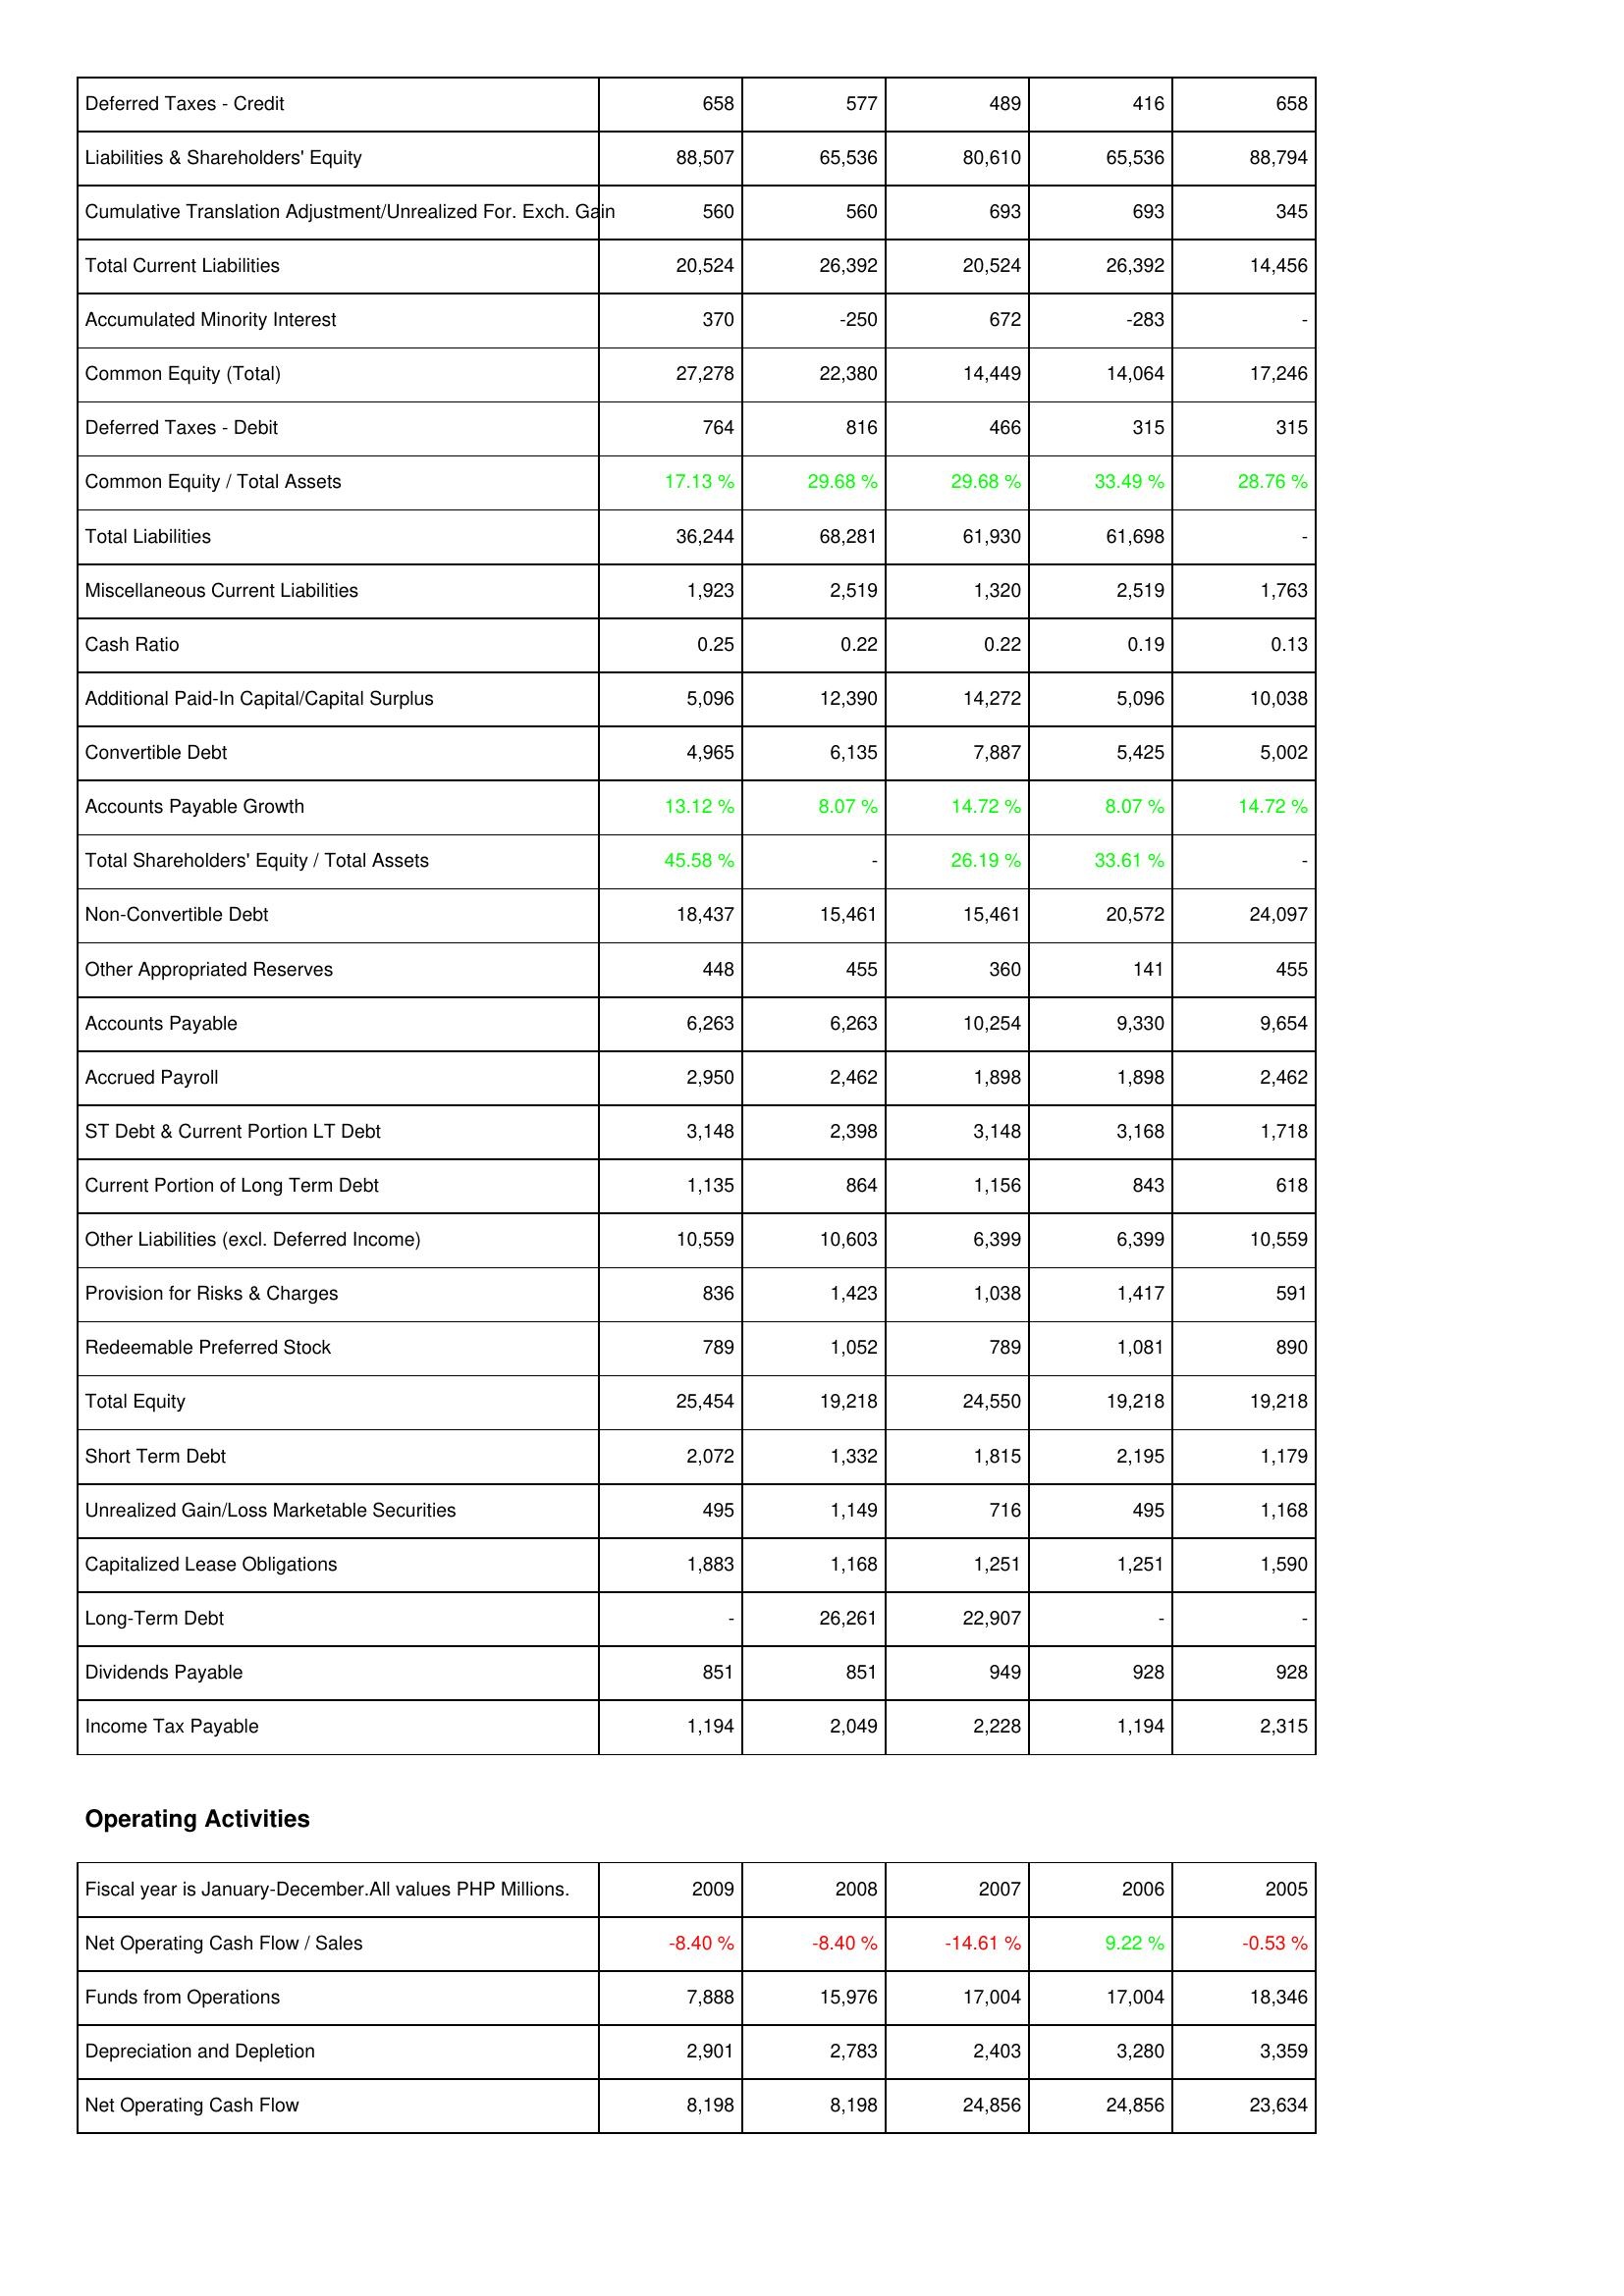
2009: Liabilities & Shareholders' Equity: Deferred Taxes - Credit: 658
Liabilities & Shareholders' Equity: 88,507
Cumulative Translation Adjustment/Unrealized For. Exch. Gain: 560
Total Current Liabilities: 20,524
Accumulated Minority Interest: 370
Common Equity (Total): 27,278
Deferred Taxes - Debit: 764
Common Equity / Total Assets: 17.13 %
Total Liabilities: 36,244
Miscellaneous Current Liabilities: 1,923
Cash Ratio: 0.25
Additional Paid-In Capital/Capital Surplus: 5,096
Convertible Debt: 4,965
Accounts Payable Growth: 13.12 %
Total Shareholders' Equity / Total Assets: 45.58 %
Non-Convertible Debt: 18,437
Other Appropriated Reserves: 448
Accounts Payable: 6,263
Accrued Payroll: 2,950
ST Debt & Current Portion LT Debt: 3,148
Current Portion of Long Term Debt: 1,135
Other Liabilities (excl. Deferred Income): 10,559
Provision for Risks & Charges: 836
Redeemable Preferred Stock: 789
Total Equity: 25,454
Short Term Debt: 2,072
Unrealized Gain/Loss Marketable Securities: 495
Capitalized Lease Obligations: 1,883
Long-Term Debt: -
Dividends Payable: 851
Income Tax Payable: 1,194
Operating Activities: Net Operating Cash Flow / Sales: -8.40 %
Funds from Operations: 7,888
Depreciation and Depletion: 2,901
Net Operating Cash Flow: 8,198
2008: Liabilities & Shareholders' Equity: Deferred Taxes - Credit: 577
Liabilities & Shareholders' Equity: 65,536
Cumulative Translation Adjustment/Unrealized For. Exch. Gain: 560
Total Current Liabilities: 26,392
Accumulated Minority Interest: -250
Common Equity (Total): 22,380
Deferred Taxes - Debit: 816
Common Equity / Total Assets: 29.68 %
Total Liabilities: 68,281
Miscellaneous Current Liabilities: 2,519
Cash Ratio: 0.22
Additional Paid-In Capital/Capital Surplus: 12,390
Convertible Debt: 6,135
Accounts Payable Growth: 8.07 %
Total Shareholders' Equity / Total Assets: -
Non-Convertible Debt: 15,461
Other Appropriated Reserves: 455
Accounts Payable: 6,263
Accrued Payroll: 2,462
ST Debt & Current Portion LT Debt: 2,398
Current Portion of Long Term Debt: 864
Other Liabilities (excl. Deferred Income): 10,603
Provision for Risks & Charges: 1,423
Redeemable Preferred Stock: 1,052
Total Equity: 19,218
Short Term Debt: 1,332
Unrealized Gain/Loss Marketable Securities: 1,149
Capitalized Lease Obligations: 1,168
Long-Term Debt: 26,261
Dividends Payable: 851
Income Tax Payable: 2,049
Operating Activities: Net Operating Cash Flow / Sales: -8.40 %
Funds from Operations: 15,976
Depreciation and Depletion: 2,783
Net Operating Cash Flow: 8,198
2007: Liabilities & Shareholders' Equity: Deferred Taxes - Credit: 489
Liabilities & Shareholders' Equity: 80,610
Cumulative Translation Adjustment/Unrealized For. Exch. Gain: 693
Total Current Liabilities: 20,524
Accumulated Minority Interest: 672
Common Equity (Total): 14,449
Deferred Taxes - Debit: 466
Common Equity / Total Assets: 29.68 %
Total Liabilities: 61,930
Miscellaneous Current Liabilities: 1,320
Cash Ratio: 0.22
Additional Paid-In Capital/Capital Surplus: 14,272
Convertible Debt: 7,887
Accounts Payable Growth: 14.72 %
Total Shareholders' Equity / Total Assets: 26.19 %
Non-Convertible Debt: 15,461
Other Appropriated Reserves: 360
Accounts Payable: 10,254
Accrued Payroll: 1,898
ST Debt & Current Portion LT Debt: 3,148
Current Portion of Long Term Debt: 1,156
Other Liabilities (excl. Deferred Income): 6,399
Provision for Risks & Charges: 1,038
Redeemable Preferred Stock: 789
Total Equity: 24,550
Short Term Debt: 1,815
Unrealized Gain/Loss Marketable Securities: 716
Capitalized Lease Obligations: 1,251
Long-Term Debt: 22,907
Dividends Payable: 949
Income Tax Payable: 2,228
Operating Activities: Net Operating Cash Flow / Sales: -14.61 %
Funds from Operations: 17,004
Depreciation and Depletion: 2,403
Net Operating Cash Flow: 24,856
2006: Liabilities & Shareholders' Equity: Deferred Taxes - Credit: 416
Liabilities & Shareholders' Equity: 65,536
Cumulative Translation Adjustment/Unrealized For. Exch. Gain: 693
Total Current Liabilities: 26,392
Accumulated Minority Interest: -283
Common Equity (Total): 14,064
Deferred Taxes - Debit: 315
Common Equity / Total Assets: 33.49 %
Total Liabilities: 61,698
Miscellaneous Current Liabilities: 2,519
Cash Ratio: 0.19
Additional Paid-In Capital/Capital Surplus: 5,096
Convertible Debt: 5,425
Accounts Payable Growth: 8.07 %
Total Shareholders' Equity / Total Assets: 33.61 %
Non-Convertible Debt: 20,572
Other Appropriated Reserves: 141
Accounts Payable: 9,330
Accrued Payroll: 1,898
ST Debt & Current Portion LT Debt: 3,168
Current Portion of Long Term Debt: 843
Other Liabilities (excl. Deferred Income): 6,399
Provision for Risks & Charges: 1,417
Redeemable Preferred Stock: 1,081
Total Equity: 19,218
Short Term Debt: 2,195
Unrealized Gain/Loss Marketable Securities: 495
Capitalized Lease Obligations: 1,251
Long-Term Debt: -
Dividends Payable: 928
Income Tax Payable: 1,194
Operating Activities: Net Operating Cash Flow / Sales: 9.22 %
Funds from Operations: 17,004
Depreciation and Depletion: 3,280
Net Operating Cash Flow: 24,856
2005: Liabilities & Shareholders' Equity: Deferred Taxes - Credit: 658
Liabilities & Shareholders' Equity: 88,794
Cumulative Translation Adjustment/Unrealized For. Exch. Gain: 345
Total Current Liabilities: 14,456
Accumulated Minority Interest: -
Common Equity (Total): 17,246
Deferred Taxes - Debit: 315
Common Equity / Total Assets: 28.76 %
Total Liabilities: -
Miscellaneous Current Liabilities: 1,763
Cash Ratio: 0.13
Additional Paid-In Capital/Capital Surplus: 10,038
Convertible Debt: 5,002
Accounts Payable Growth: 14.72 %
Total Shareholders' Equity / Total Assets: -
Non-Convertible Debt: 24,097
Other Appropriated Reserves: 455
Accounts Payable: 9,654
Accrued Payroll: 2,462
ST Debt & Current Portion LT Debt: 1,718
Current Portion of Long Term Debt: 618
Other Liabilities (excl. Deferred Income): 10,559
Provision for Risks & Charges: 591
Redeemable Preferred Stock: 890
Total Equity: 19,218
Short Term Debt: 1,179
Unrealized Gain/Loss Marketable Securities: 1,168
Capitalized Lease Obligations: 1,590
Long-Term Debt: -
Dividends Payable: 928
Income Tax Payable: 2,315
Operating Activities: Net Operating Cash Flow / Sales: -0.53 %
Funds from Operations: 18,346
Depreciation and Depletion: 3,359
Net Operating Cash Flow: 23,634